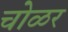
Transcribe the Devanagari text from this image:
चोळर